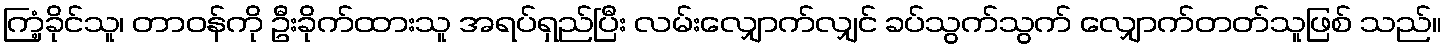
ကြံ့ခိုင်သူ၊ တာဝန်ကို ဦးခိုက်ထားသူ အရပ်ရှည်ပြီး လမ်းလျှောက်လျှင် ခပ်သွက်သွက် လျှောက်တတ်သူဖြစ် သည်။